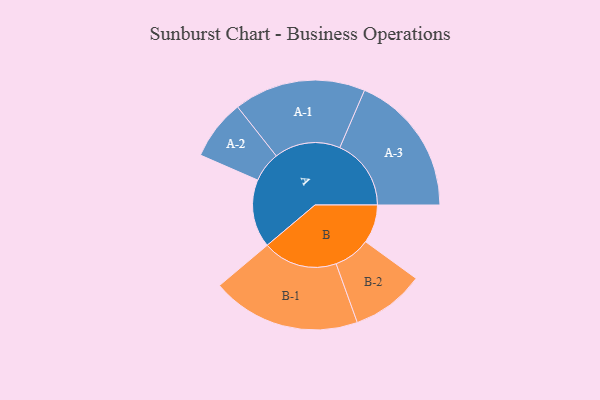
{"axis": {"x": "Segment", "y": "Value"}, "legend": ["", "A", "B"], "data": [{"x": "A", "y": 253, "type": ""}, {"x": "B", "y": 143, "type": ""}, {"x": "A-1", "y": 245, "type": "A"}, {"x": "A-2", "y": 112, "type": "A"}, {"x": "A-3", "y": 265, "type": "A"}, {"x": "B-1", "y": 277, "type": "B"}, {"x": "B-2", "y": 136, "type": "B"}]}